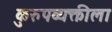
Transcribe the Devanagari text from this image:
कुरुपव्यक्तीला